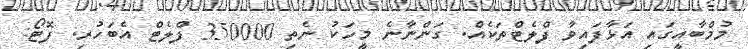
މުމްބާއީގައި އަޅާފައިވާ ފްލެޓްތަކެއް. ގަންނާނެ މީހަކު ނެތި 350000 ފްލެޓް އެބަހުރި. ފޮޓޯ: